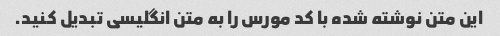
این متن نوشته شده با کد مورس را به متن انگلیسی تبدیل کنید.